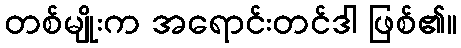
တစ်မျိုးက အရောင်းတင်ဒါ ဖြစ်၏။